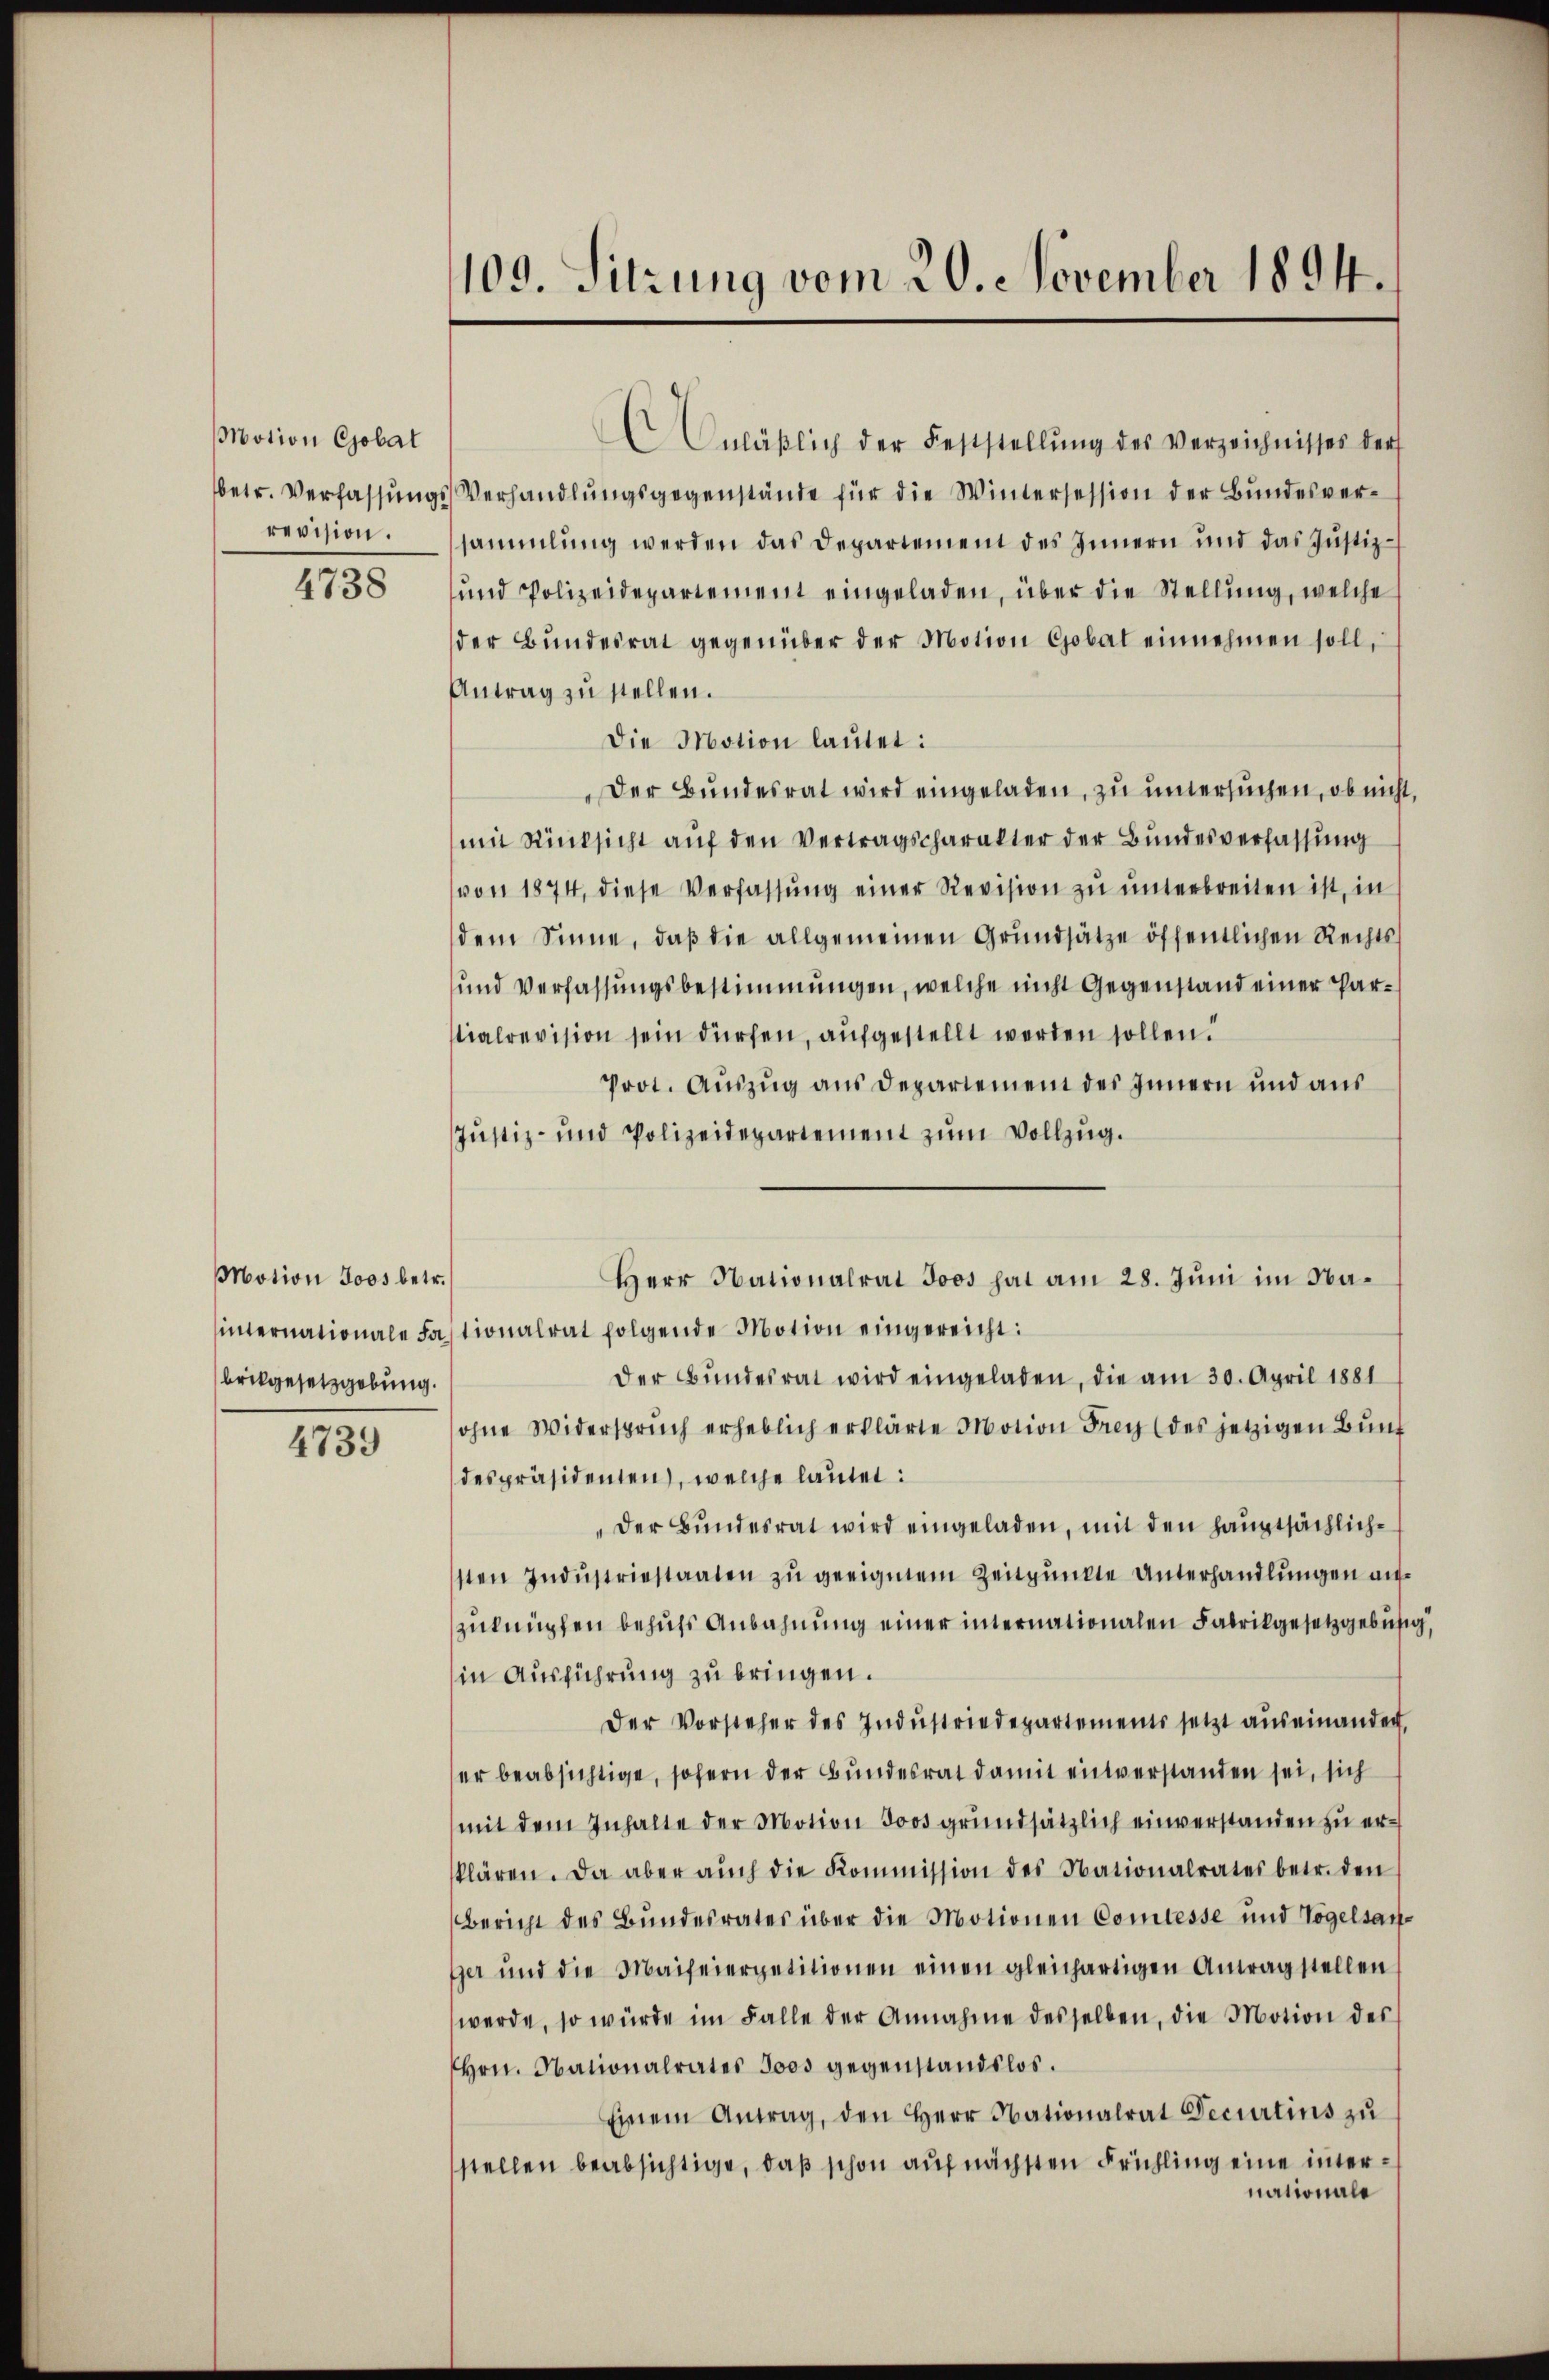
Motion Gobat
revision.

4738

Motion Joos betr.
brikgesetzgebung.

4739

109. Sitzung vom 20. November 1894.

E Anläßlich der Feststellŭng des Verzeichnisses ders
betr. VerfassŭngsVerhandlŭngsgegenstände für die Wintersession der Bundesversammlung werden das Departement des Innern und das Justiz-
und Polizeidepartement eingeladen, über die Stellung, welche
der Bŭndesrat gegenüber der Motion Gobat einnehmen soll,
Antrag zu stellen.
Die Motion lautet:
Der Bundesrat wird eingeladen, zu untersuchen, ob nicht.
mit Rücksicht aŭf den Vertragscharakter der Bundesverfassung
von 1874, diese Verfassŭng einer Revision zu unterbreiten ist, in
dem Sinne, daβ die allgemeinen Grundsätze öffentlichen Rechts
und Verfassungsbestimmungen, welche nicht Gegenstand einer Partialrevision sein dürfen, aufgestellt werden sollen.
Prot. Auszug aus Departement des Innern und aus
Justiz- und Polizeidepartement zum Vollzug.
sinternationale Fastionalrat folgende Motion eingereicht:
Der Bŭndesrat wird eingeladen, die am 30. April 1881
ohne Widerspruch erheblich erklärte Motion Frey (des jetzigen Bund
despräsidenten, welche lautet:
"Der Bundesrat wird eingeladen, mit den hauptsächlichsten Indŭstriestaaten zu geeignem Zeitpunkte Unterhandlungen aufzuknüpfen behufs Anbahnung einer internationalen Fabrikgesetzgebüsig,
in Ausführung zu bringen.
Der Vorsteher des Indŭstriedepartements setzt auseinander
er beabsichtige, sofern der Bundesrat damit entverstanden sei, sich
mit dem Inhalte der Motion soosgrundsätzlich einverstanden zu erklären. Da aber aŭch die Kommission des Nationalrates betr. den
Bericht des Bundesrates über die Motionen Comtesse und Vogelsan-
er und die Maifeierpetitionen einen gleichartigen Antragstellen
werde, so würde im Falle der Annahme desselben, die Motion des
Hrn. Nationalrates Joos gegenstandslos.
Einem Antrag, den Herr Nationalrat Decurtins zŭ
stellen beabsichtige, daß schon auf nächsten Frühling eine internationale

Herr Nationalrat Joos hat am 28. Juni im Na¬